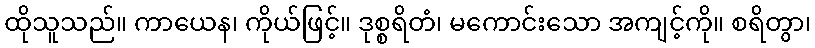
ထိုသူသည်။ ကာယေန၊ ကိုယ်ဖြင့်။ ဒုစ္စရိတံ၊ မကောင်းသော အကျင့်ကို။ စရိတွာ၊